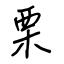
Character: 栗